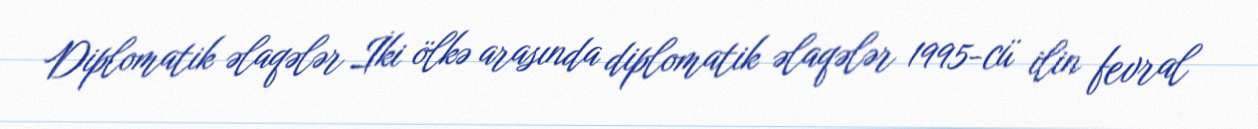
Diplomatik əlaqələr İki ölkə arasında diplomatik əlaqələr 1995-cü ilin fevral